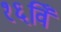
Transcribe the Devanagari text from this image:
१६विँ